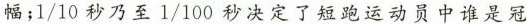
幅；1/10秒乃至1/100秒决定了短跑运动员中谁是冠